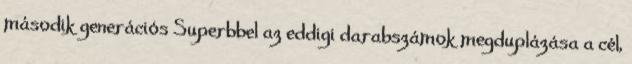
második generációs Superbbel az eddigi darabszámok megduplázása a cél,